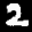
Digit: 2